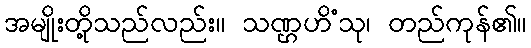
အမျိုးတို့သည်လည်း။ သဏ္ဌဟိံသု၊ တည်ကုန်၏။